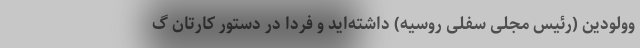
وولودین (رئیس مجلی سفلی روسیه) داشته‌اید و فردا در دستور کارتان گ